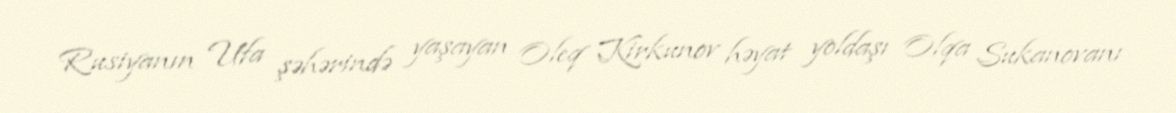
Rusiyanın Ufa şəhərində yaşayan Oleq Kirkunov həyat yoldaşı Olqa Sukanovanı